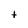
Character: t